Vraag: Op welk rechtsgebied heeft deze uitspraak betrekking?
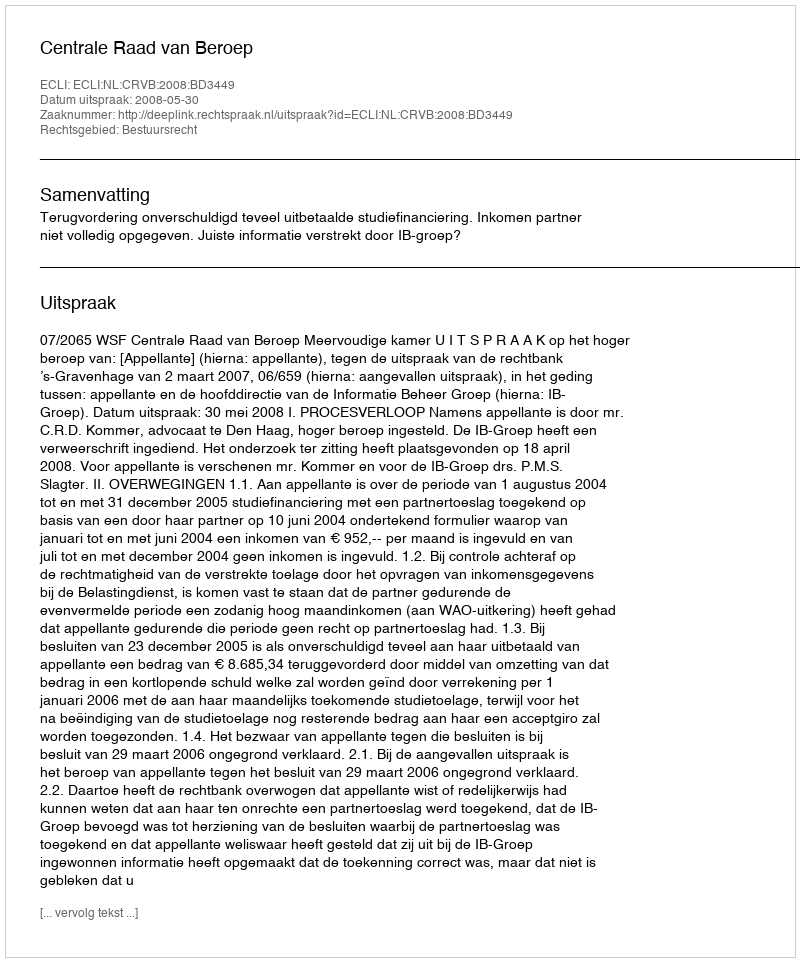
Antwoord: Bestuursrecht